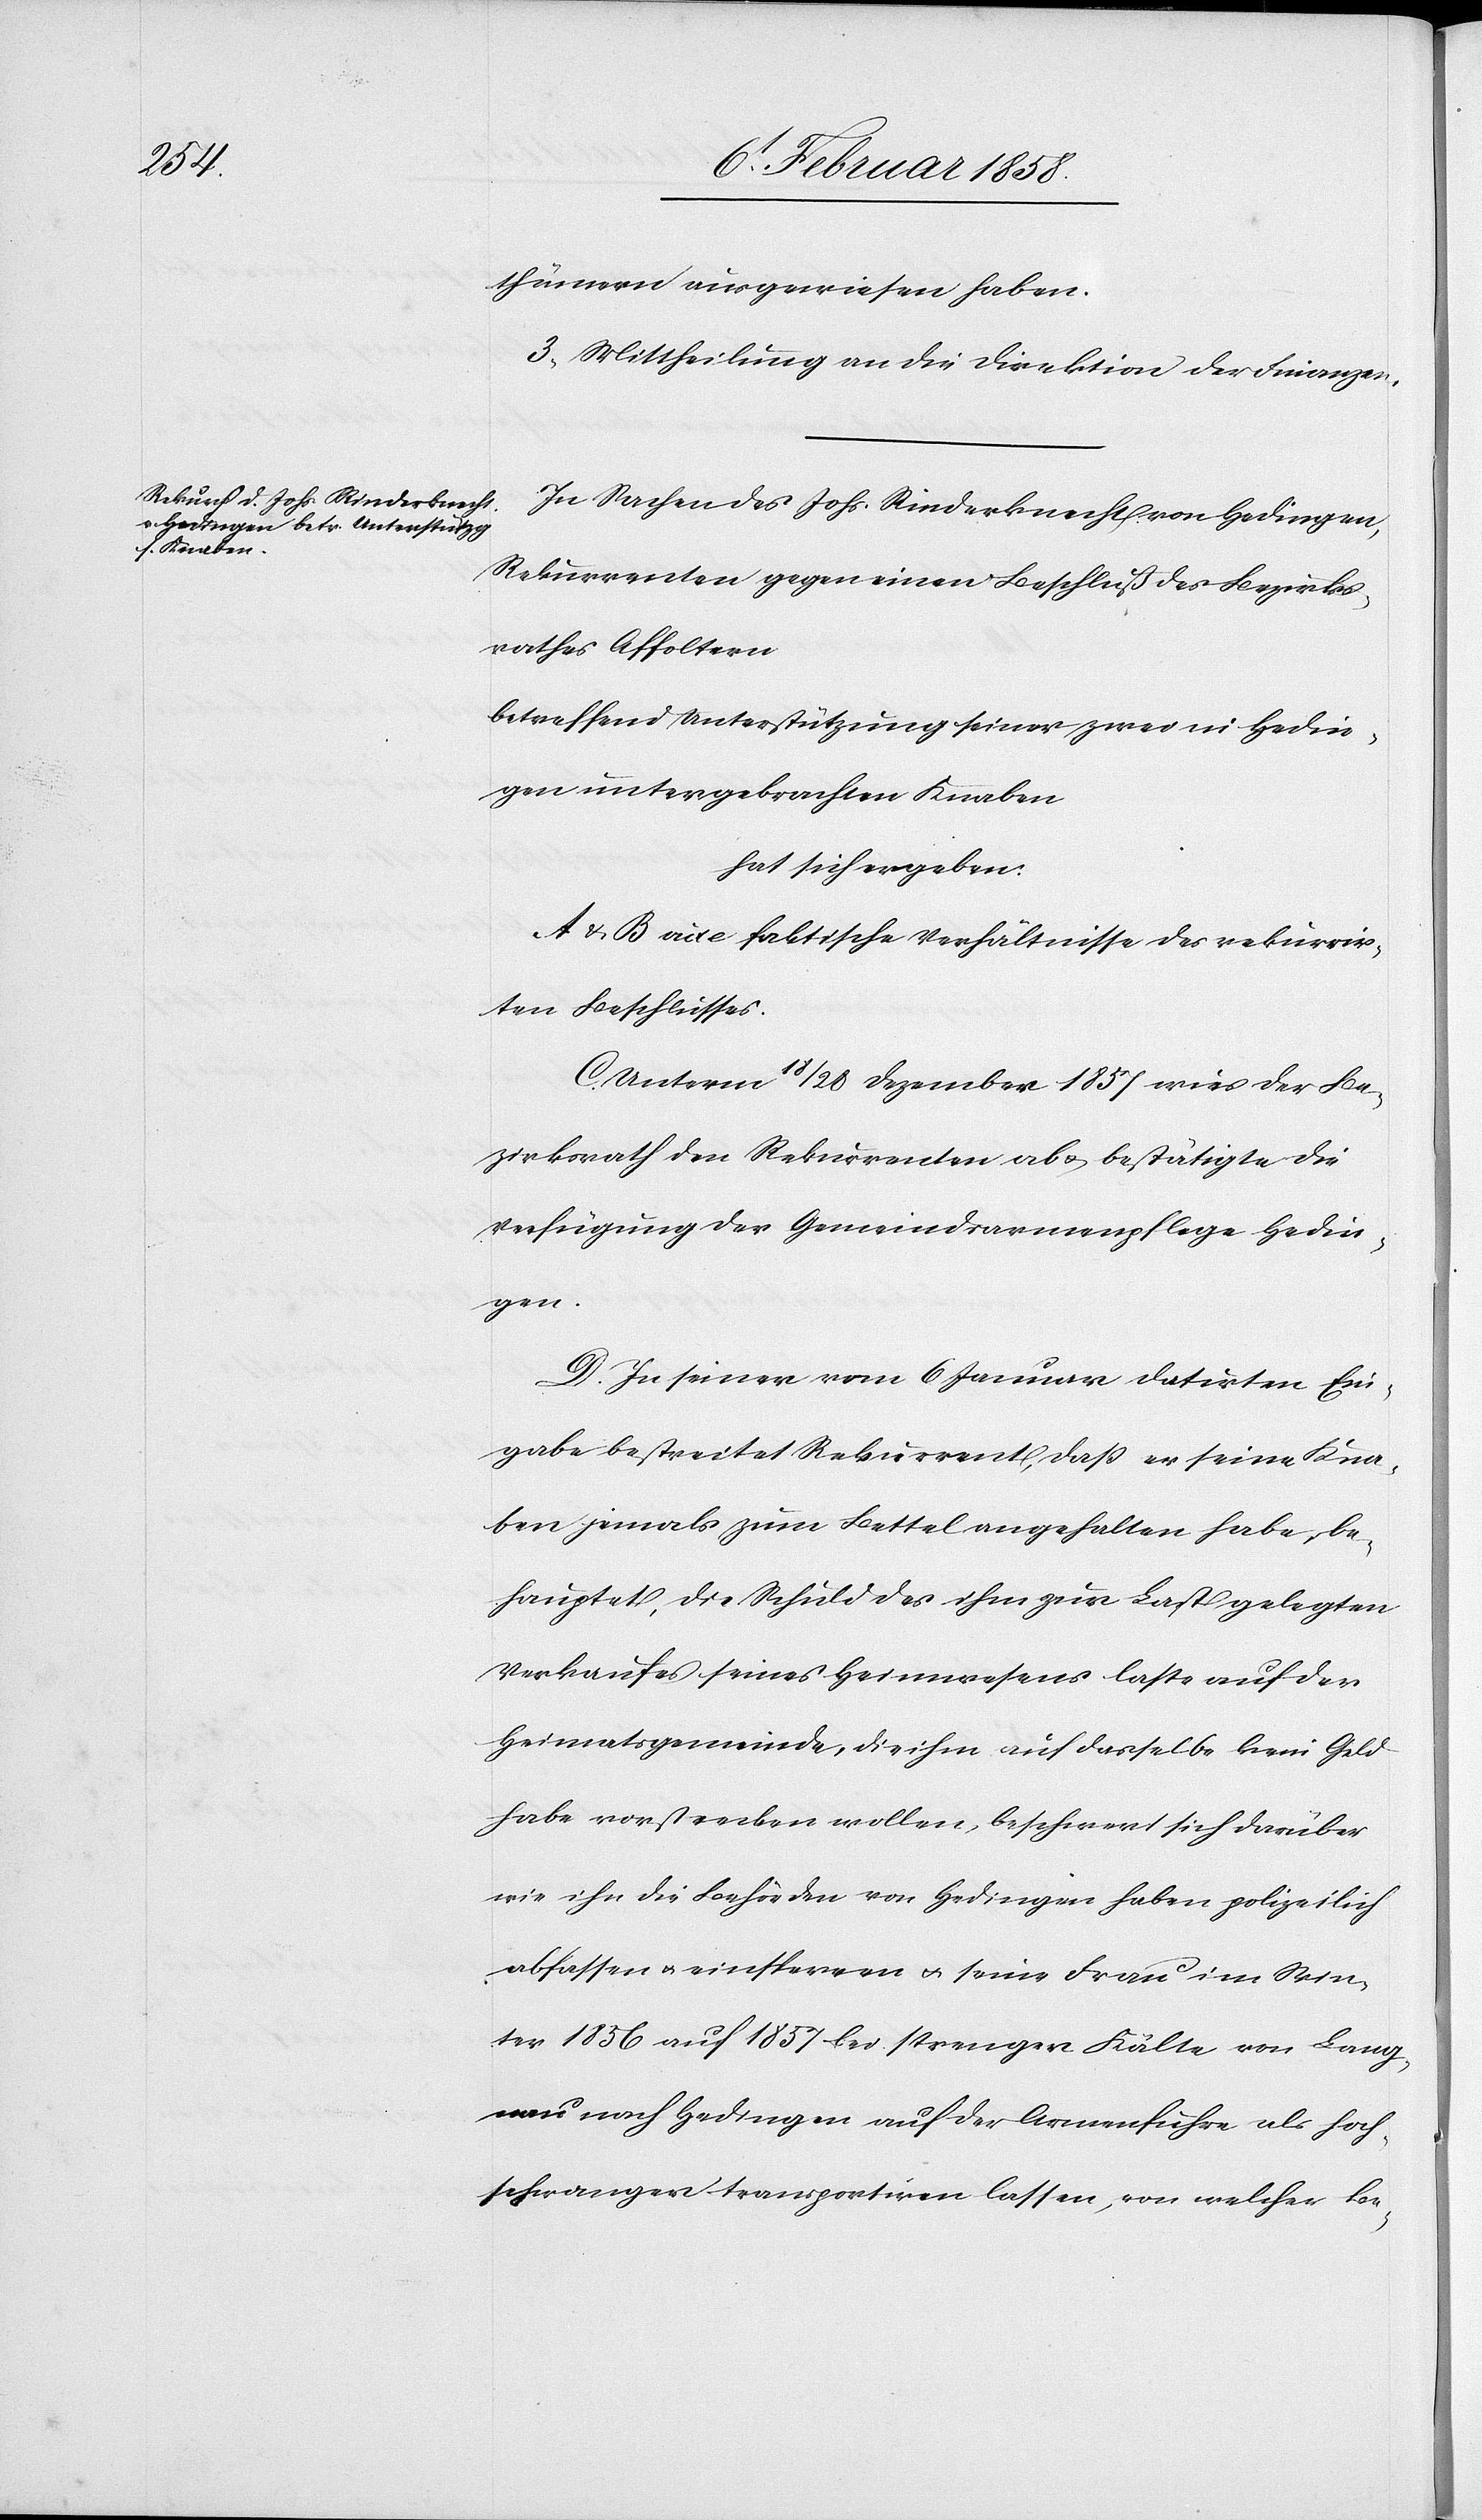
thümern ausgewiesen haben.
3. Mittheilung an die Direktion der Finanzen.
In Sachen des Johs. Rinderknecht von Hedingen,
Rekurrenten gegen einen Beschluß des Bezirks¬
rathes Affoltern
betreffend Unterstützung seiner zwei in Hedin¬
gen untergebrachten Knaben
hat sich ergeben:
A & B vide faktische Verhältnisse des rekurrir¬
ten Beschlusses.
C. Unterm 18/28 Dezember 1857 wies der Be¬
zirksrath den Rekurrenten ab u. bestätigte die
Verfügung der Gemeindsarmenpflege Hedin¬
gen.
D. In seiner vom 6 Januar datirten Ein¬
gabe bestreitet Rekurrent, daß er seine Kna¬
ben jemals zum Bettel angehalten habe, be¬
hauptet, die Schuld des ihm zur Last gelegten
Verkaufes seines Heimwesens laste auf der
Heimatsgemeinde, die ihm auf dasselbe kein Geld
habe vorstrecken wollen, beschwert sich darüber
wie ihn die Behörden von Hedingen haben polizeilich
abfassen u. einsperren u. seine Frau im Win¬
ter 1856 auf 1857 bei strenger Kälte von Lang¬
nau nach Hedingen auf der Armenfuhre als hoch¬
schwanger transportiren lassen, von welcher Be-